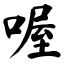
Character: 喔